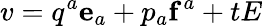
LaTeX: v=q^{a}\mathbf{e}_{a}+p_{a}\mathbf{f}^{a}+tE